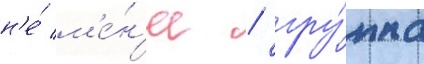
н'е́ м'е́н'ее / гру́ппа